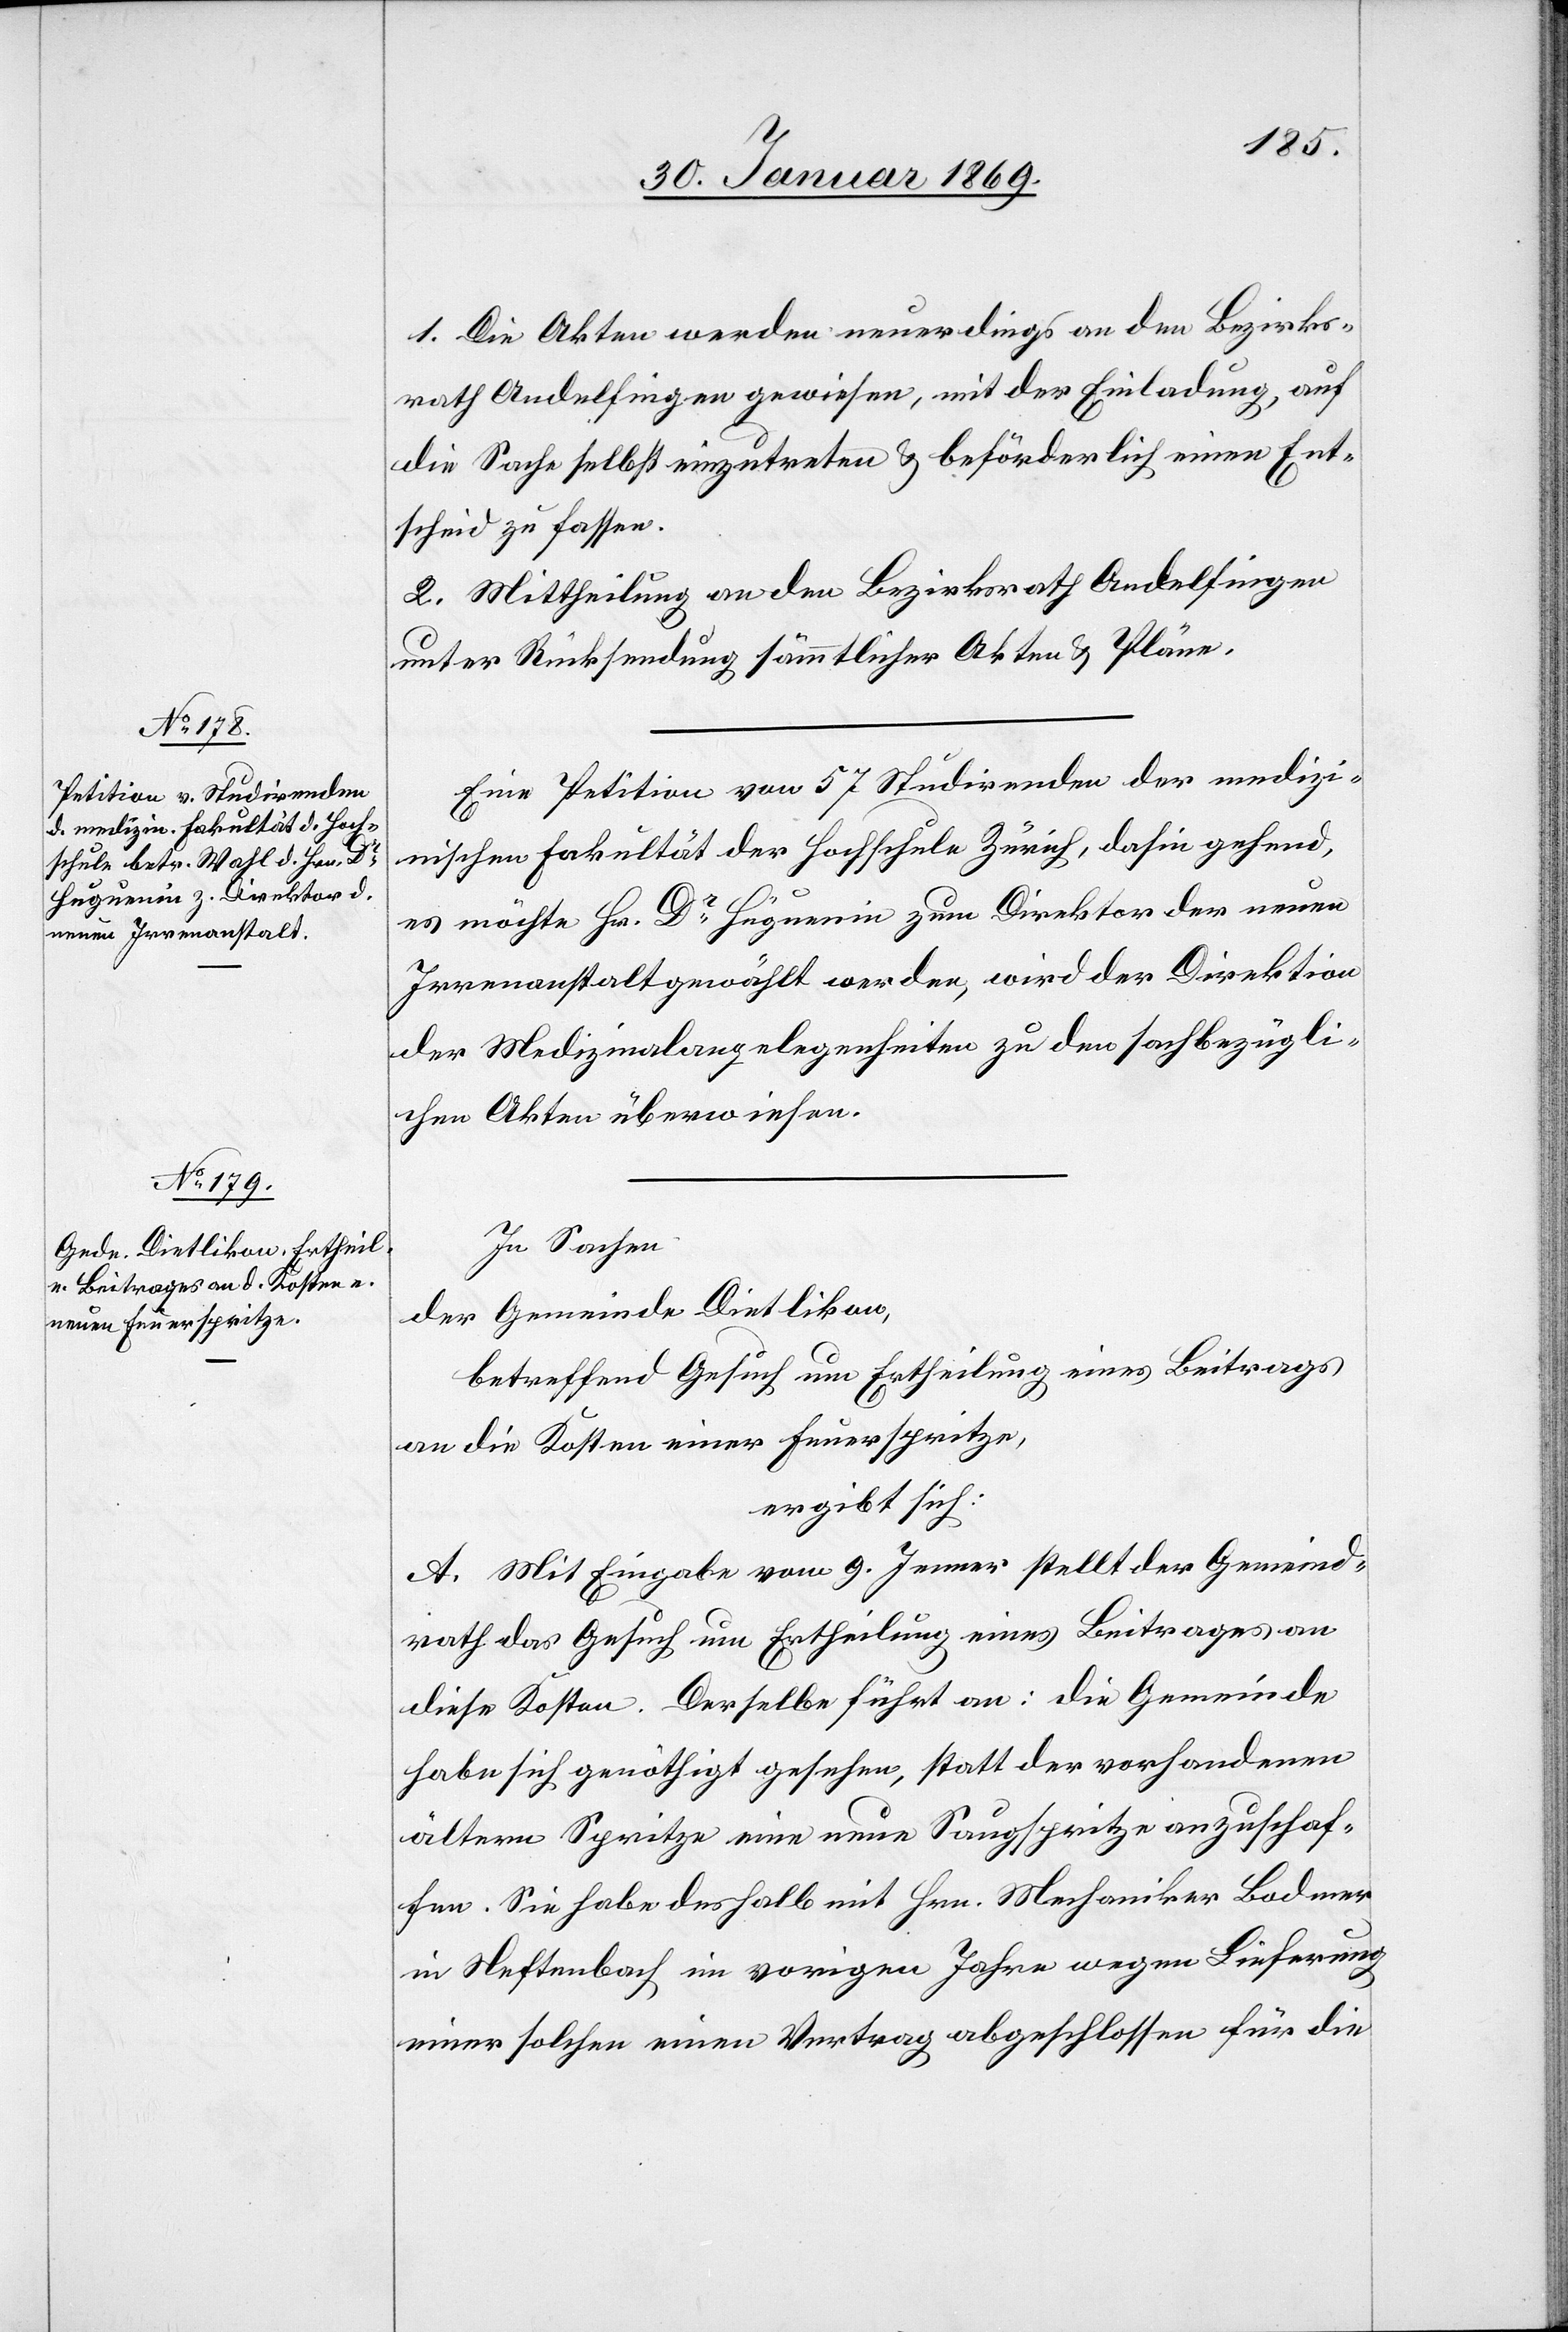
1. Die Akten werden neuerdings an den Bezirks¬
rath Andelfingen gewiesen, mit der Einladung, auf
die Sache selbst einzutreten u. beförderlich einen Ent¬
scheid zu fassen.
2. Mittheilung an den Bezirksrath Andelfingen
unter Rücksendung sämmtlicher Akten u. Pläne.
Eine Petition von 57 Studirenden der medizi¬
nischen Fakultät der Hochschule Zürich, dahin gehend,
es möchte Hr. Dr Huguenin zum Direktor der neuen
Irrenanstalt gewählt werden, wird der Direktion
der Medizinalangelegenheiten zu den sachbezügli¬
chen Akten überwiesen.
In Sachen
der Gemeinde Dietlikon,
betreffend Gesuch um Ertheilung eines Beitrages
an die Kosten einer Feuerspritze,
ergibt sich:
Mit Eingabe vom 9. Jenner stellt der Gemeind¬
rath das Gesuch um Ertheilung eines Beitrages an
diese Kosten. Derselbe führt an: die Gemeinde
habe sich genöthigt gesehen, statt der vorhandenen
ältern Spritze eine neue Saugspritze anzuschaf¬
fen. Sie habe deshalb mit Hrn. Mechaniker Badener
in Neftenbach im vorigen Jahre wegen Lieferung
einer solchen einen Vertrag abgeschlossen für die